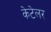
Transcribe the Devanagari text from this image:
केटेलर